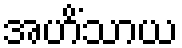
အဟိံသာယ